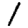
Digit: 1